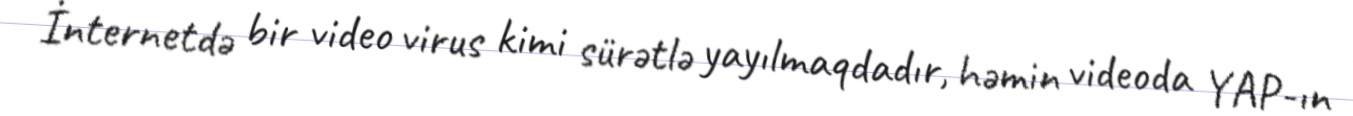
İnternetdə bir video virus kimi sürətlə yayılmaqdadır, həmin videoda YAP-ın